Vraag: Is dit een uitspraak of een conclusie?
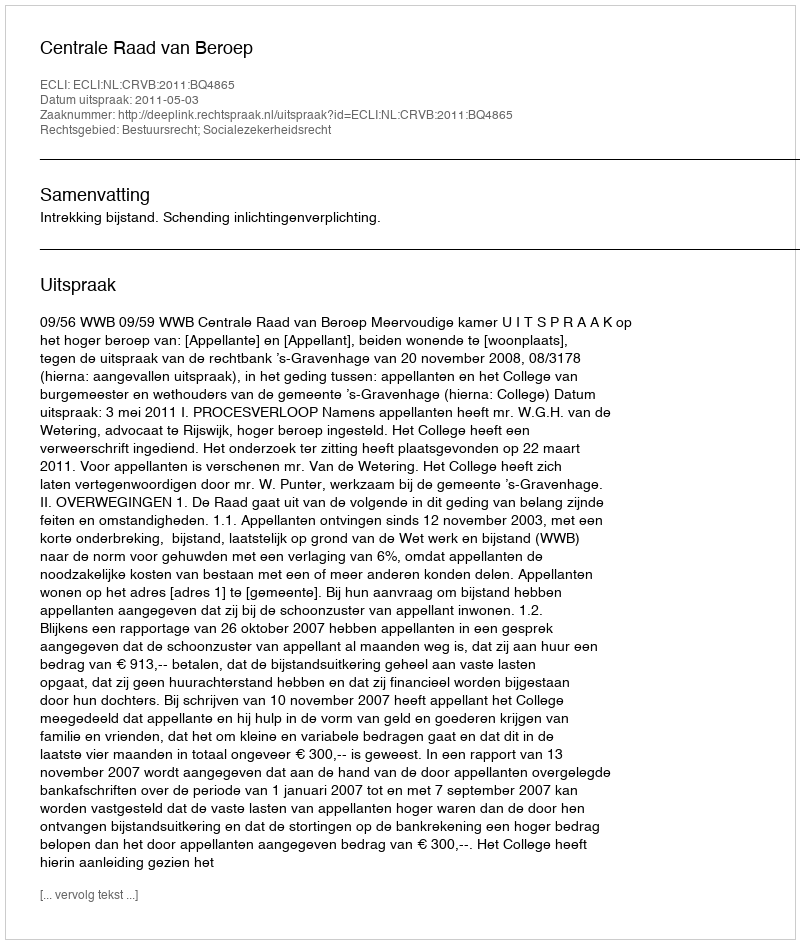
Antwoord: Uitspraak